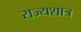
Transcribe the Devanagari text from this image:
राज्यशात्र